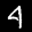
Label: 4